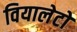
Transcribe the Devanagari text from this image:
वियालेटो